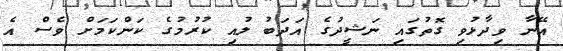
އޭނާ ވިދާޅުވި ގޮތުގައި ނަޝީދުގެ އަދަބު ލުއި ކުރުމުގެ ކަންކަމަށް ވެސް އެ